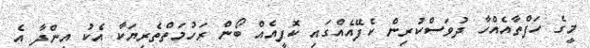
މީގެ ހަފްތާއެއްހާ ދުވަސްކުރިން ކެފޭއެއްގައި ކޮފީއެއް ބޯން ރަހުމަތްތެރިޔަކާ އެކު އިންދާ އެ